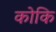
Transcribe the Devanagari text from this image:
कोकि